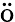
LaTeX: \ddot{\textrm{o}}